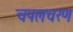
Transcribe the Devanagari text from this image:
चपलचरण